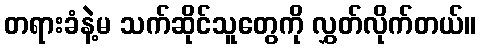
တရားခံနဲ့မ သက်ဆိုင်သူတွေကို လွှတ်လိုက်တယ်။